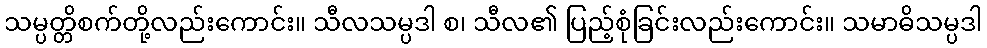
သမ္ပတ္တိစက်တို့လည်းကောင်း။ သီလသမ္ပဒါ စ၊ သီလ၏ ပြည့်စုံခြင်းလည်းကောင်း။ သမာဓိသမ္ပဒါ